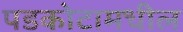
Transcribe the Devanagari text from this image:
पडकोटामधील